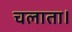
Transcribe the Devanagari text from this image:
चलाता।